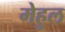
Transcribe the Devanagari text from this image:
मेहुल